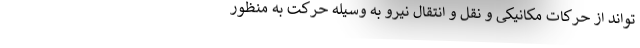
تواند از حرکات مکانیکی و نقل و انتقال نیرو به وسیله حرکت به منظور